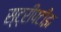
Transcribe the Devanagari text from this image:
स्ट्रीपटीझ